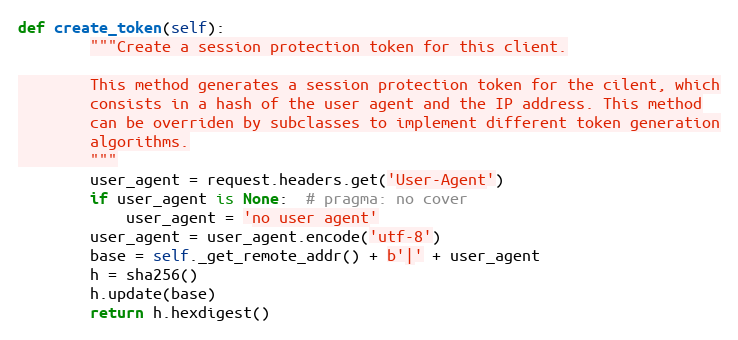
Language: Python
def create_token(self):
        """Create a session protection token for this client.

        This method generates a session protection token for the cilent, which
        consists in a hash of the user agent and the IP address. This method
        can be overriden by subclasses to implement different token generation
        algorithms.
        """
        user_agent = request.headers.get('User-Agent')
        if user_agent is None:  # pragma: no cover
            user_agent = 'no user agent'
        user_agent = user_agent.encode('utf-8')
        base = self._get_remote_addr() + b'|' + user_agent
        h = sha256()
        h.update(base)
        return h.hexdigest()